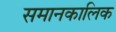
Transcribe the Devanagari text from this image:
समानकालिक